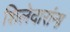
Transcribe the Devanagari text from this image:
शिलेदारांना